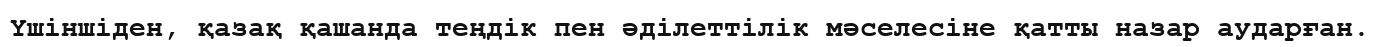
Үшіншіден, қазақ қашанда теңдік пен әділеттілік мәселесіне қатты назар аударған.